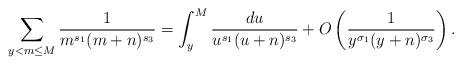
LaTeX: \begin{align*}\sum_{y < m \leq M} \frac{1}{m^{s_1}(m+n)^{s_3}} &= \int_y^M \frac{du}{u^{s_1}(u+n)^{s_3}} + O \left( \frac{1}{y^{\sigma_1}(y+n)^{\sigma_3}} \right).\end{align*}